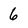
Character: 6